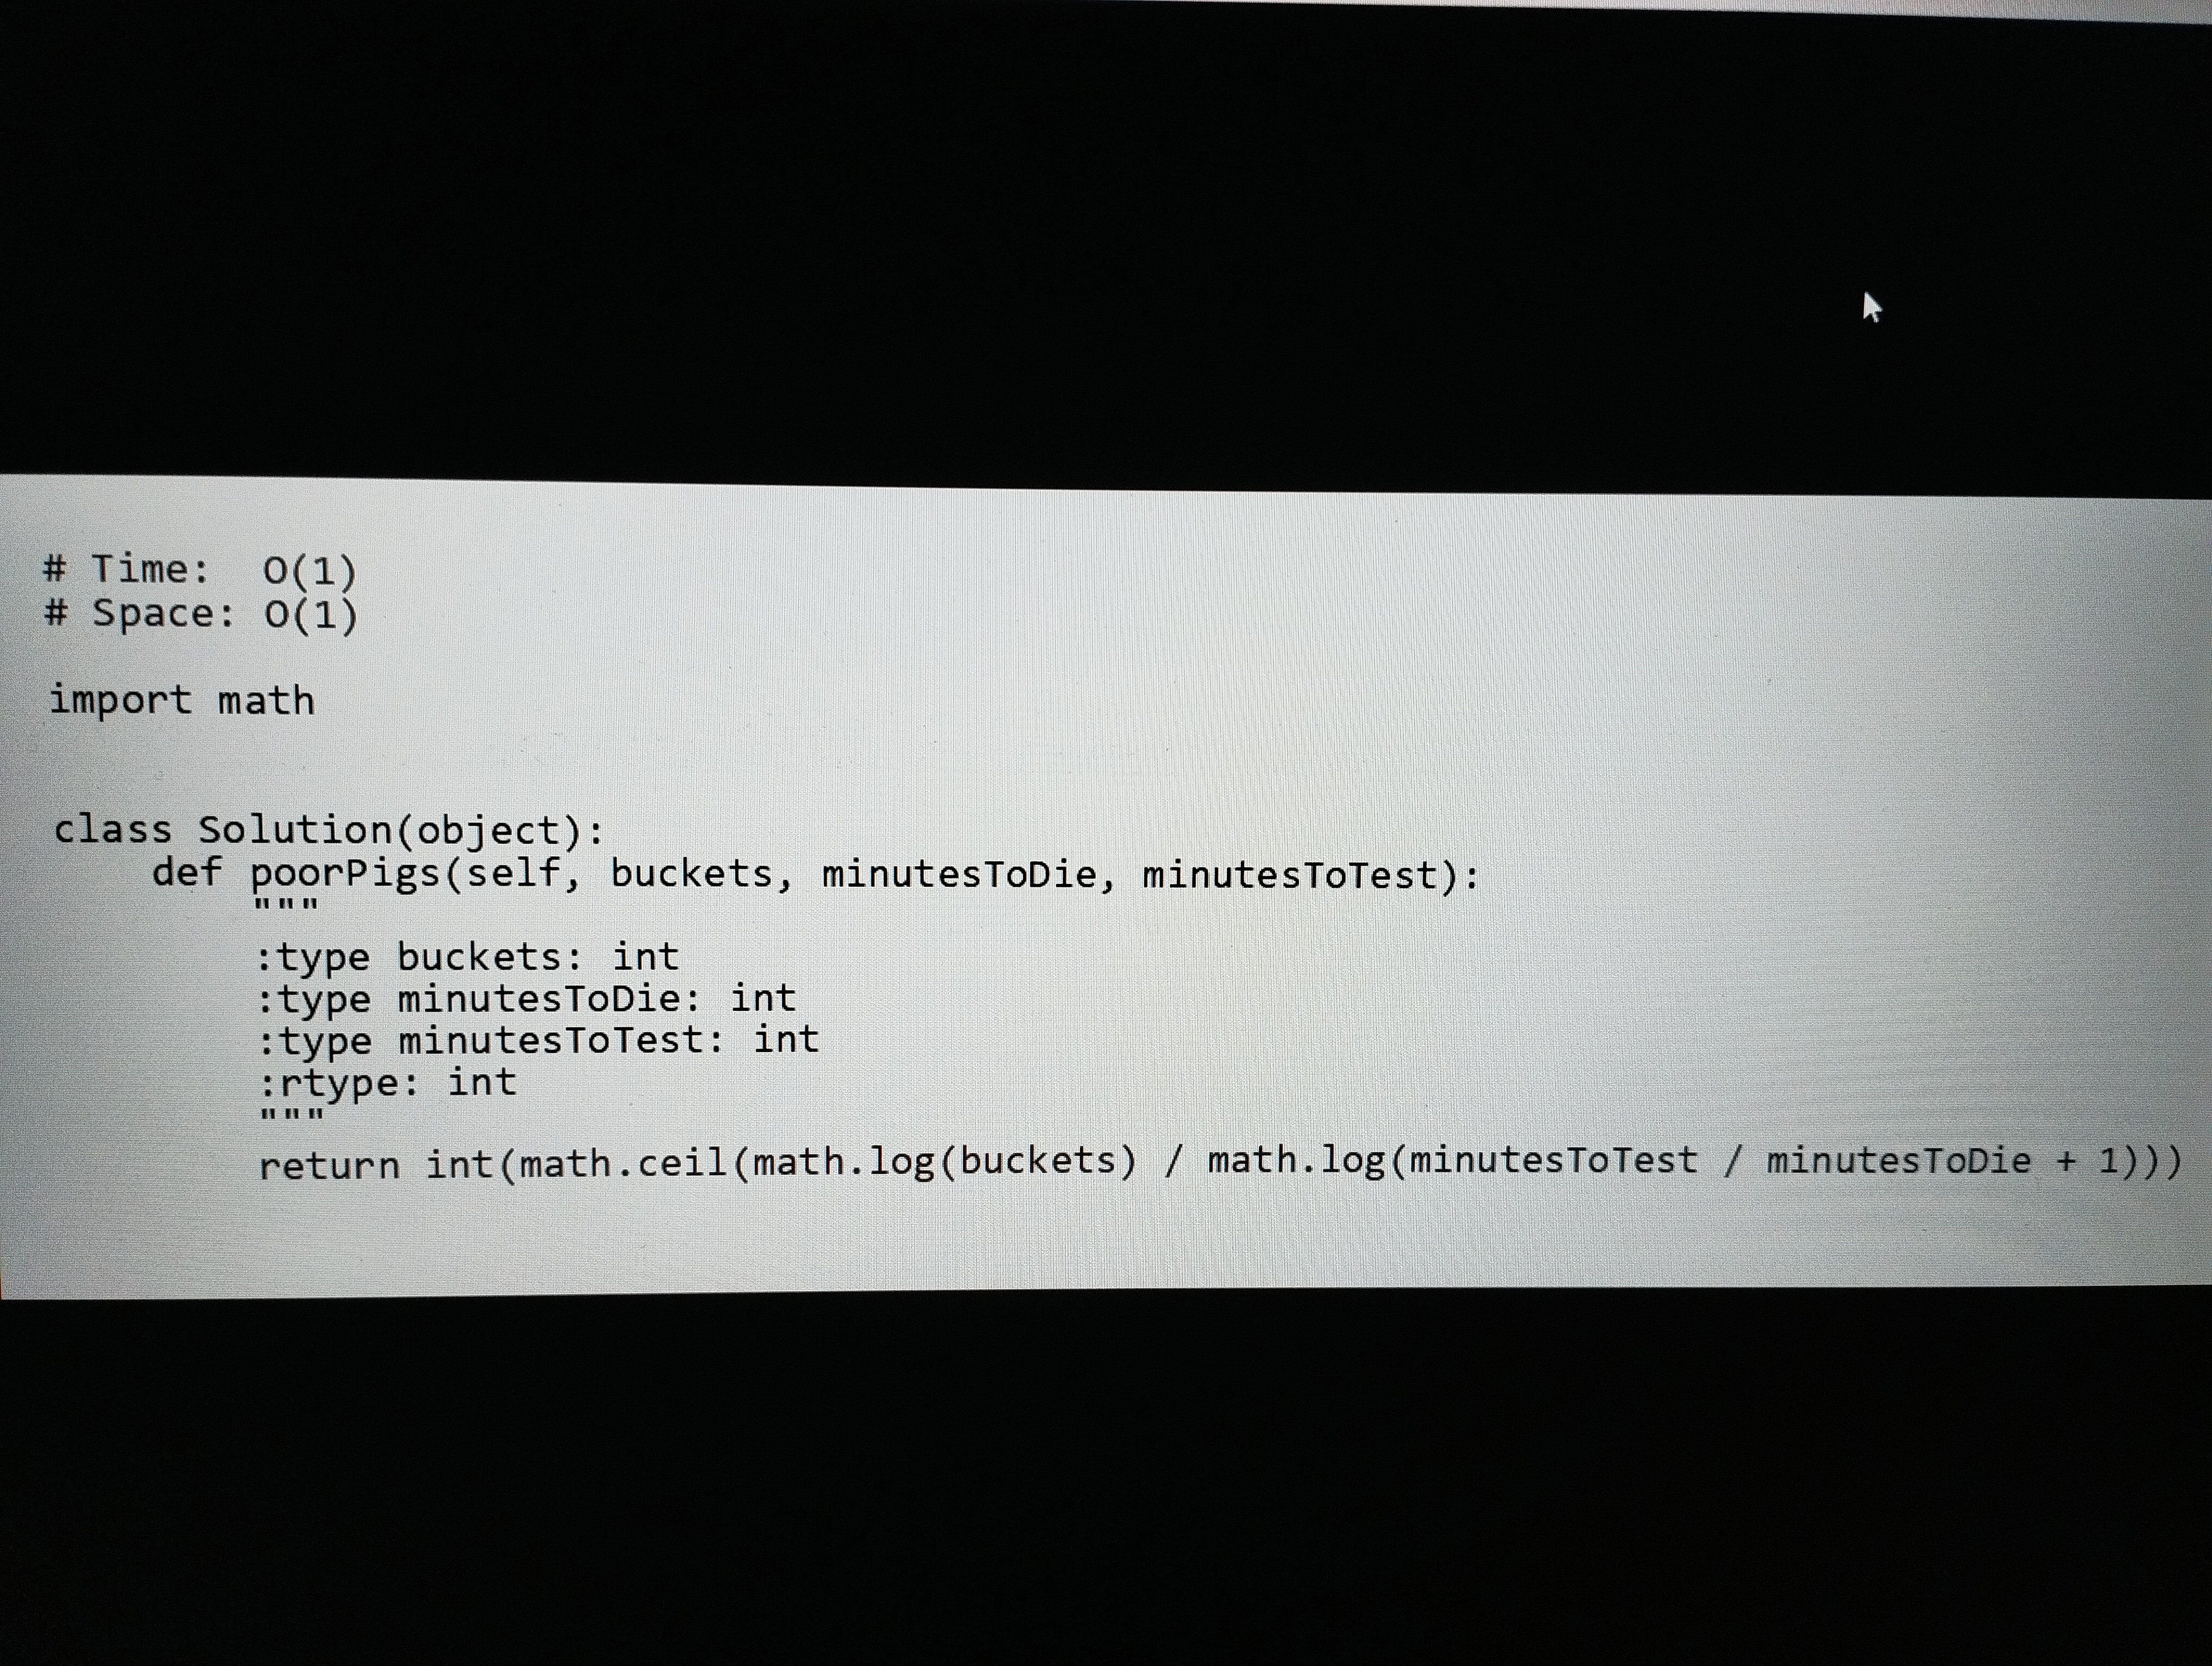
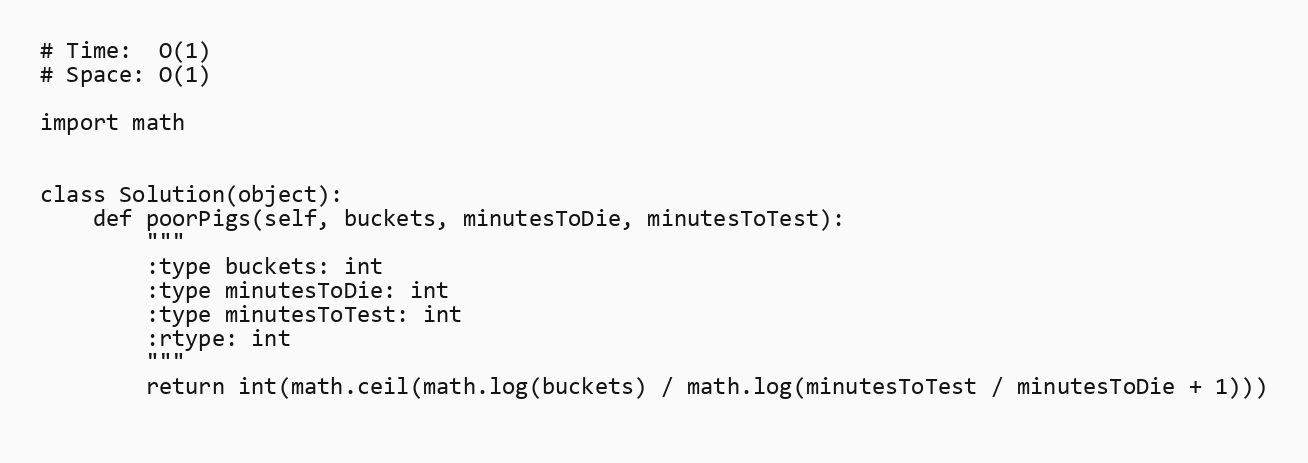
# Time:  O(1)
# Space: O(1)

import math

class Solution(object):
    def poorPigs(self, buckets, minutesToDie, minutesToTest):
        """
        :type buckets: int
        :type minutesToDie: int
        :type minutesToTest: int
        :rtype: int
        """
        return int(math.ceil(math.log(buckets) / math.log(minutesToTest / minutesToDie + 1)))